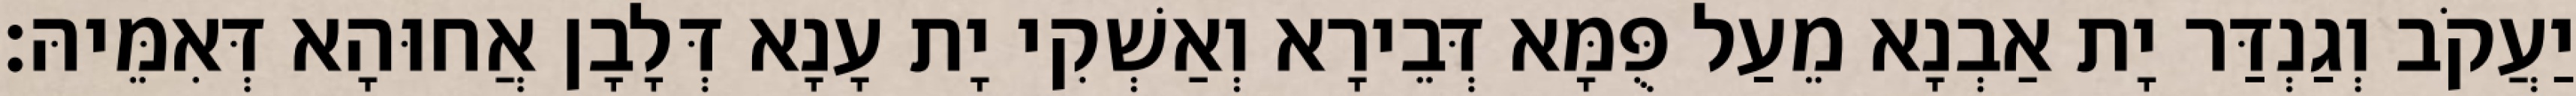
יַעֲקֹב וְגַנְדַּר יָת אַבְנָא מֵעַל פֻּמָּא דְּבֵירָא וְאַשְׁקִי יָת עָנָא דְּלָבָן אֲחוּהָא דְּאִמֵּיהּ׃